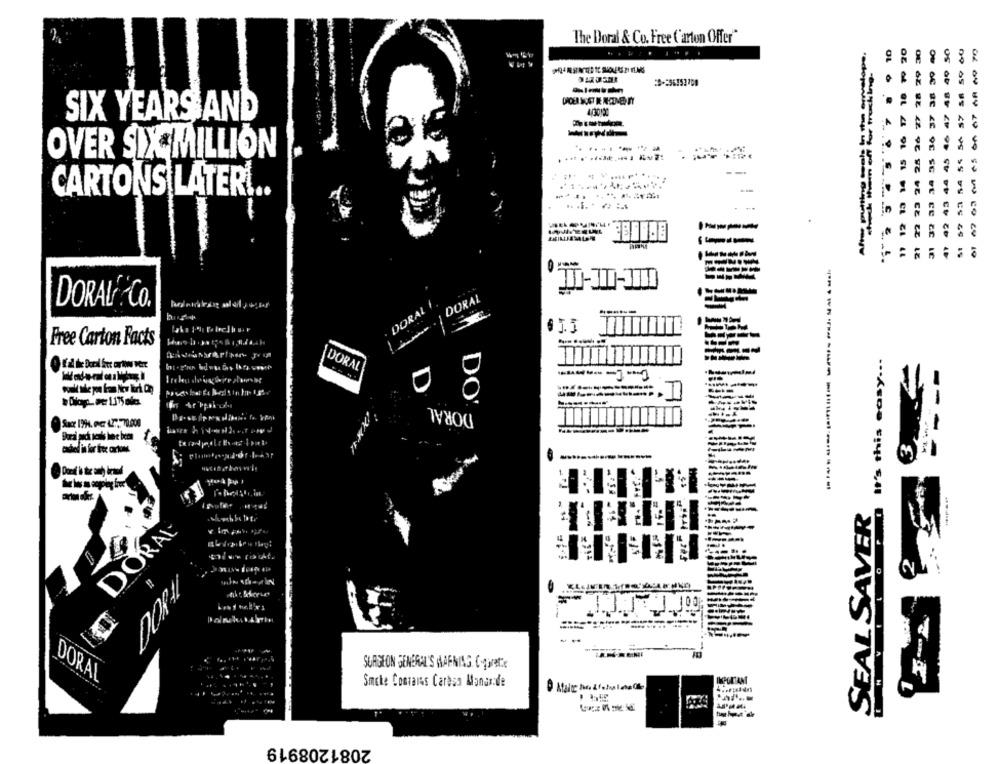
The Doral & Co. Free ('arton Offer"
OC
00
8
SIX YEARS AND
OVER SIX MILLION
42 43 44 45
vo I
CARTONS LATER !..
in
VO CO 2
21
:
19
-----
DORALY,
DORAL
DORAL®&CO.
Free Carton Facts
-
DORAL
-------
DORAL
DO'
-
cades in for free cartons
Noter ugo
SEAL SAVER
DORAL
#400
SUASION GENERAL'S WARNING CHporatix
DORAL
Smcte Contains Caresa Monus:de
2081208919